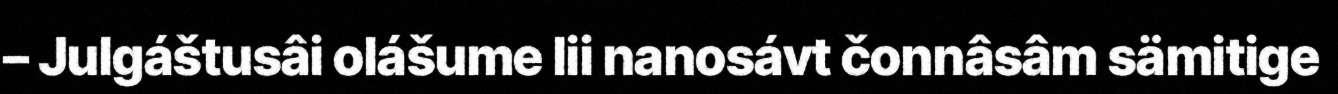
– Julgáštusâi olášume lii nanosávt čonnâsâm sämitige